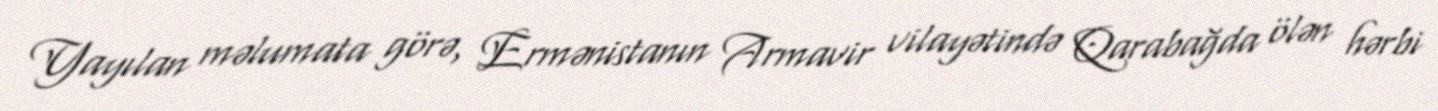
Yayılan məlumata görə, Ermənistanın Armavir vilayətində Qarabağda ölən hərbi